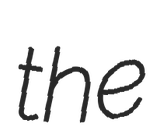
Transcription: the